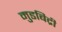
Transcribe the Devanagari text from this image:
मुडबिद्री